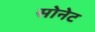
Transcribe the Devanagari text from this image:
सोनेट